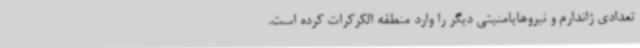
تعدادی ژاندارم و نیروهایامنیتی دیگر را وارد منطقه الکرکرات کرده است.